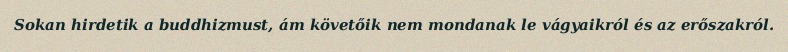
Sokan hirdetik a buddhizmust, ám követőik nem mondanak le vágyaikról és az erőszakról.